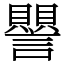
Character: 譻